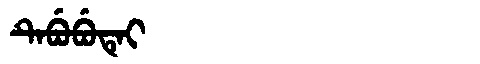
Manchu: ᡨᡝᠪᡠᠪᡠᡨᡝᡳ
Romanization: TEBUBUTEI